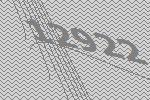
12922